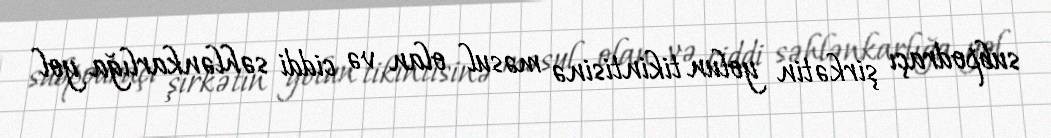
subpodraçı şirkətin yolun tikintisinə məsul olan və ciddi səhlənkarlığa yol